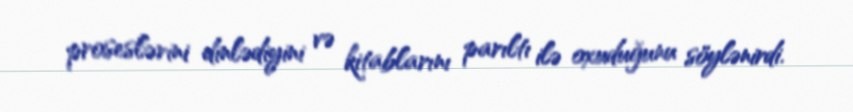
proseslərini dinlədiyini və kitablarını parıltı ilə oxuduğunu söylənirdi.